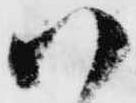
御